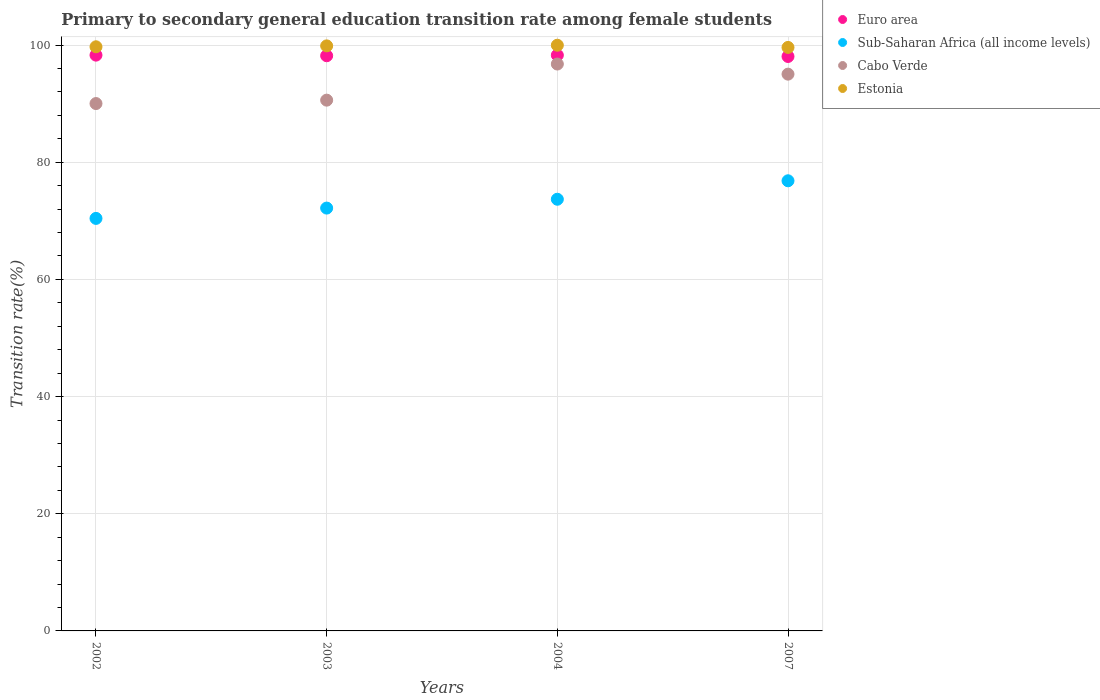
| Years | Euro area | Sub-Saharan Africa (all income levels) | Cabo Verde | Estonia |
 | --- | --- | --- | --- | --- |
 | 2002 | 98.3 | 70.4 | 90 | 99.7 |
 | 2003 | 98.2 | 72.2 | 90.6 | 99.9 |
 | 2004 | 98.3 | 73.7 | 96.8 | 100 |
 | 2007 | 98 | 76.8 | 95 | 99.6 |